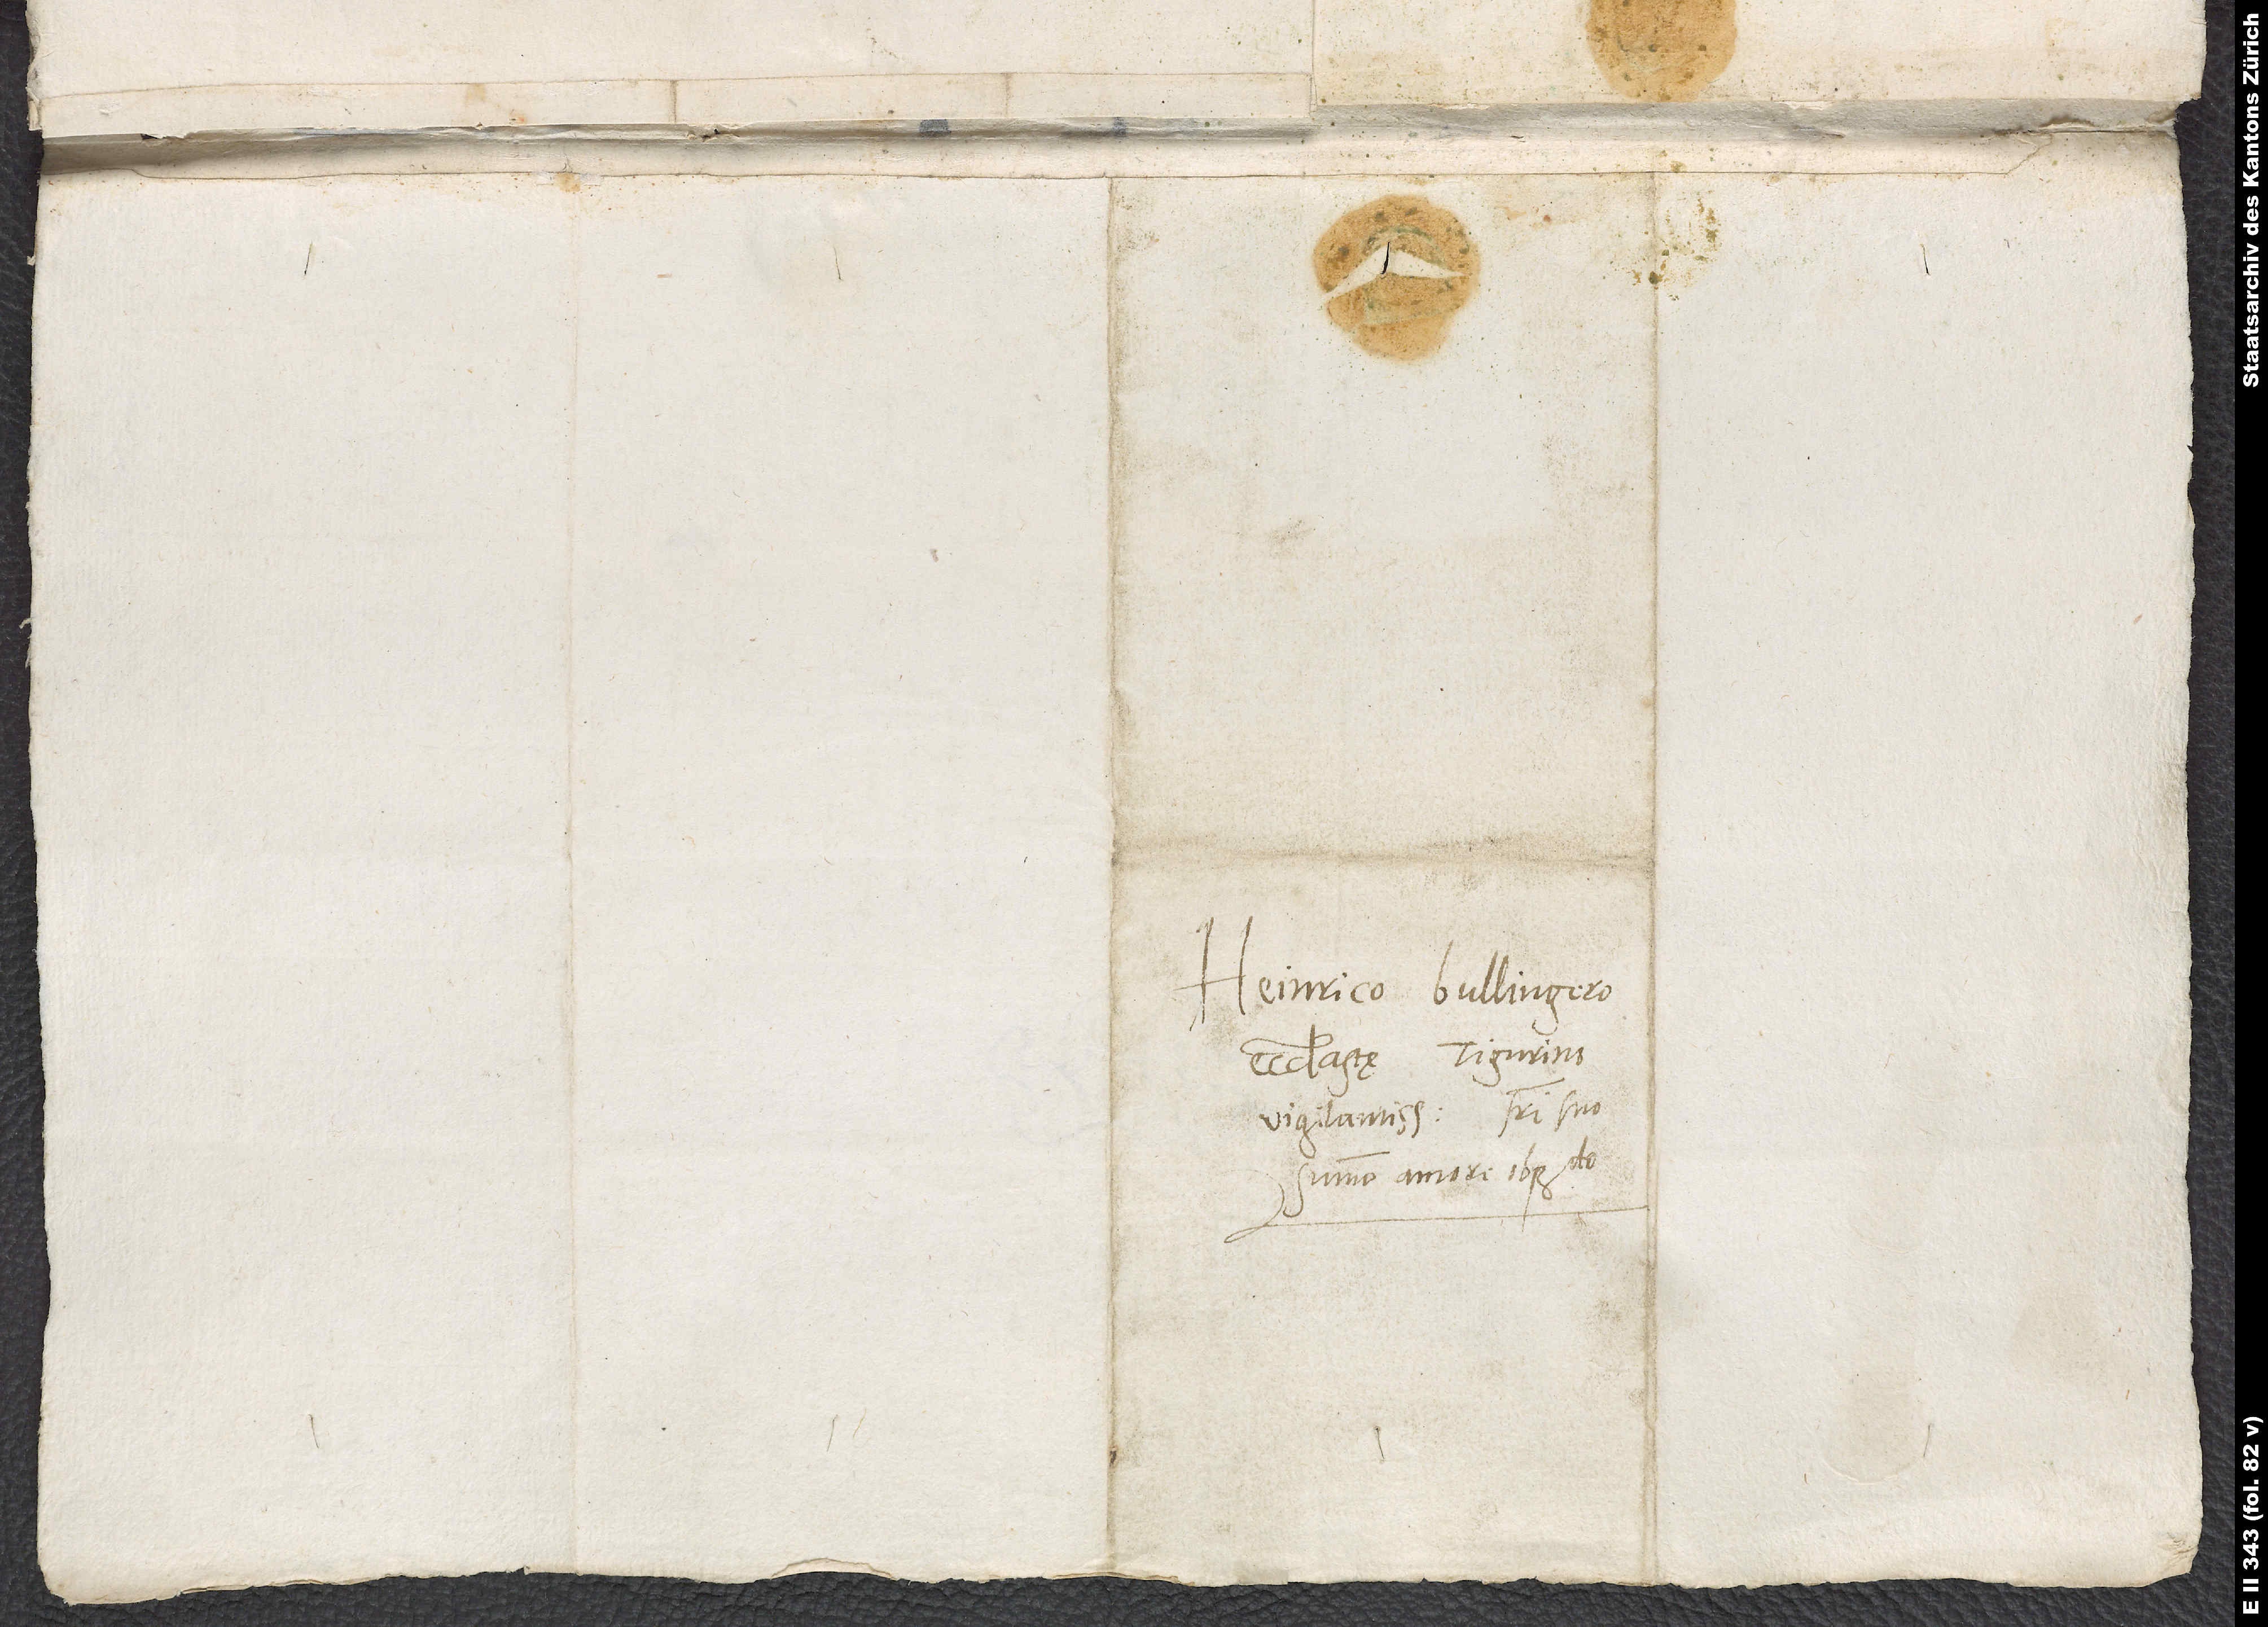
Heinrico Bullingero,
ecclesiastę Tigurino
vigilantissimo, fratri suo